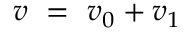
\boldsymbol { v } ~ = ~ \boldsymbol { v } _ { 0 } + \boldsymbol { v } _ { 1 }